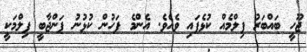
ޖޫހީ ބައްބަރު ފިލްމެއް ކުޅެފައި ވެއެވެ. އެންމެ ފަހުން ކުޅުނު ޕަންޖާބީ ފިލްމަކީ